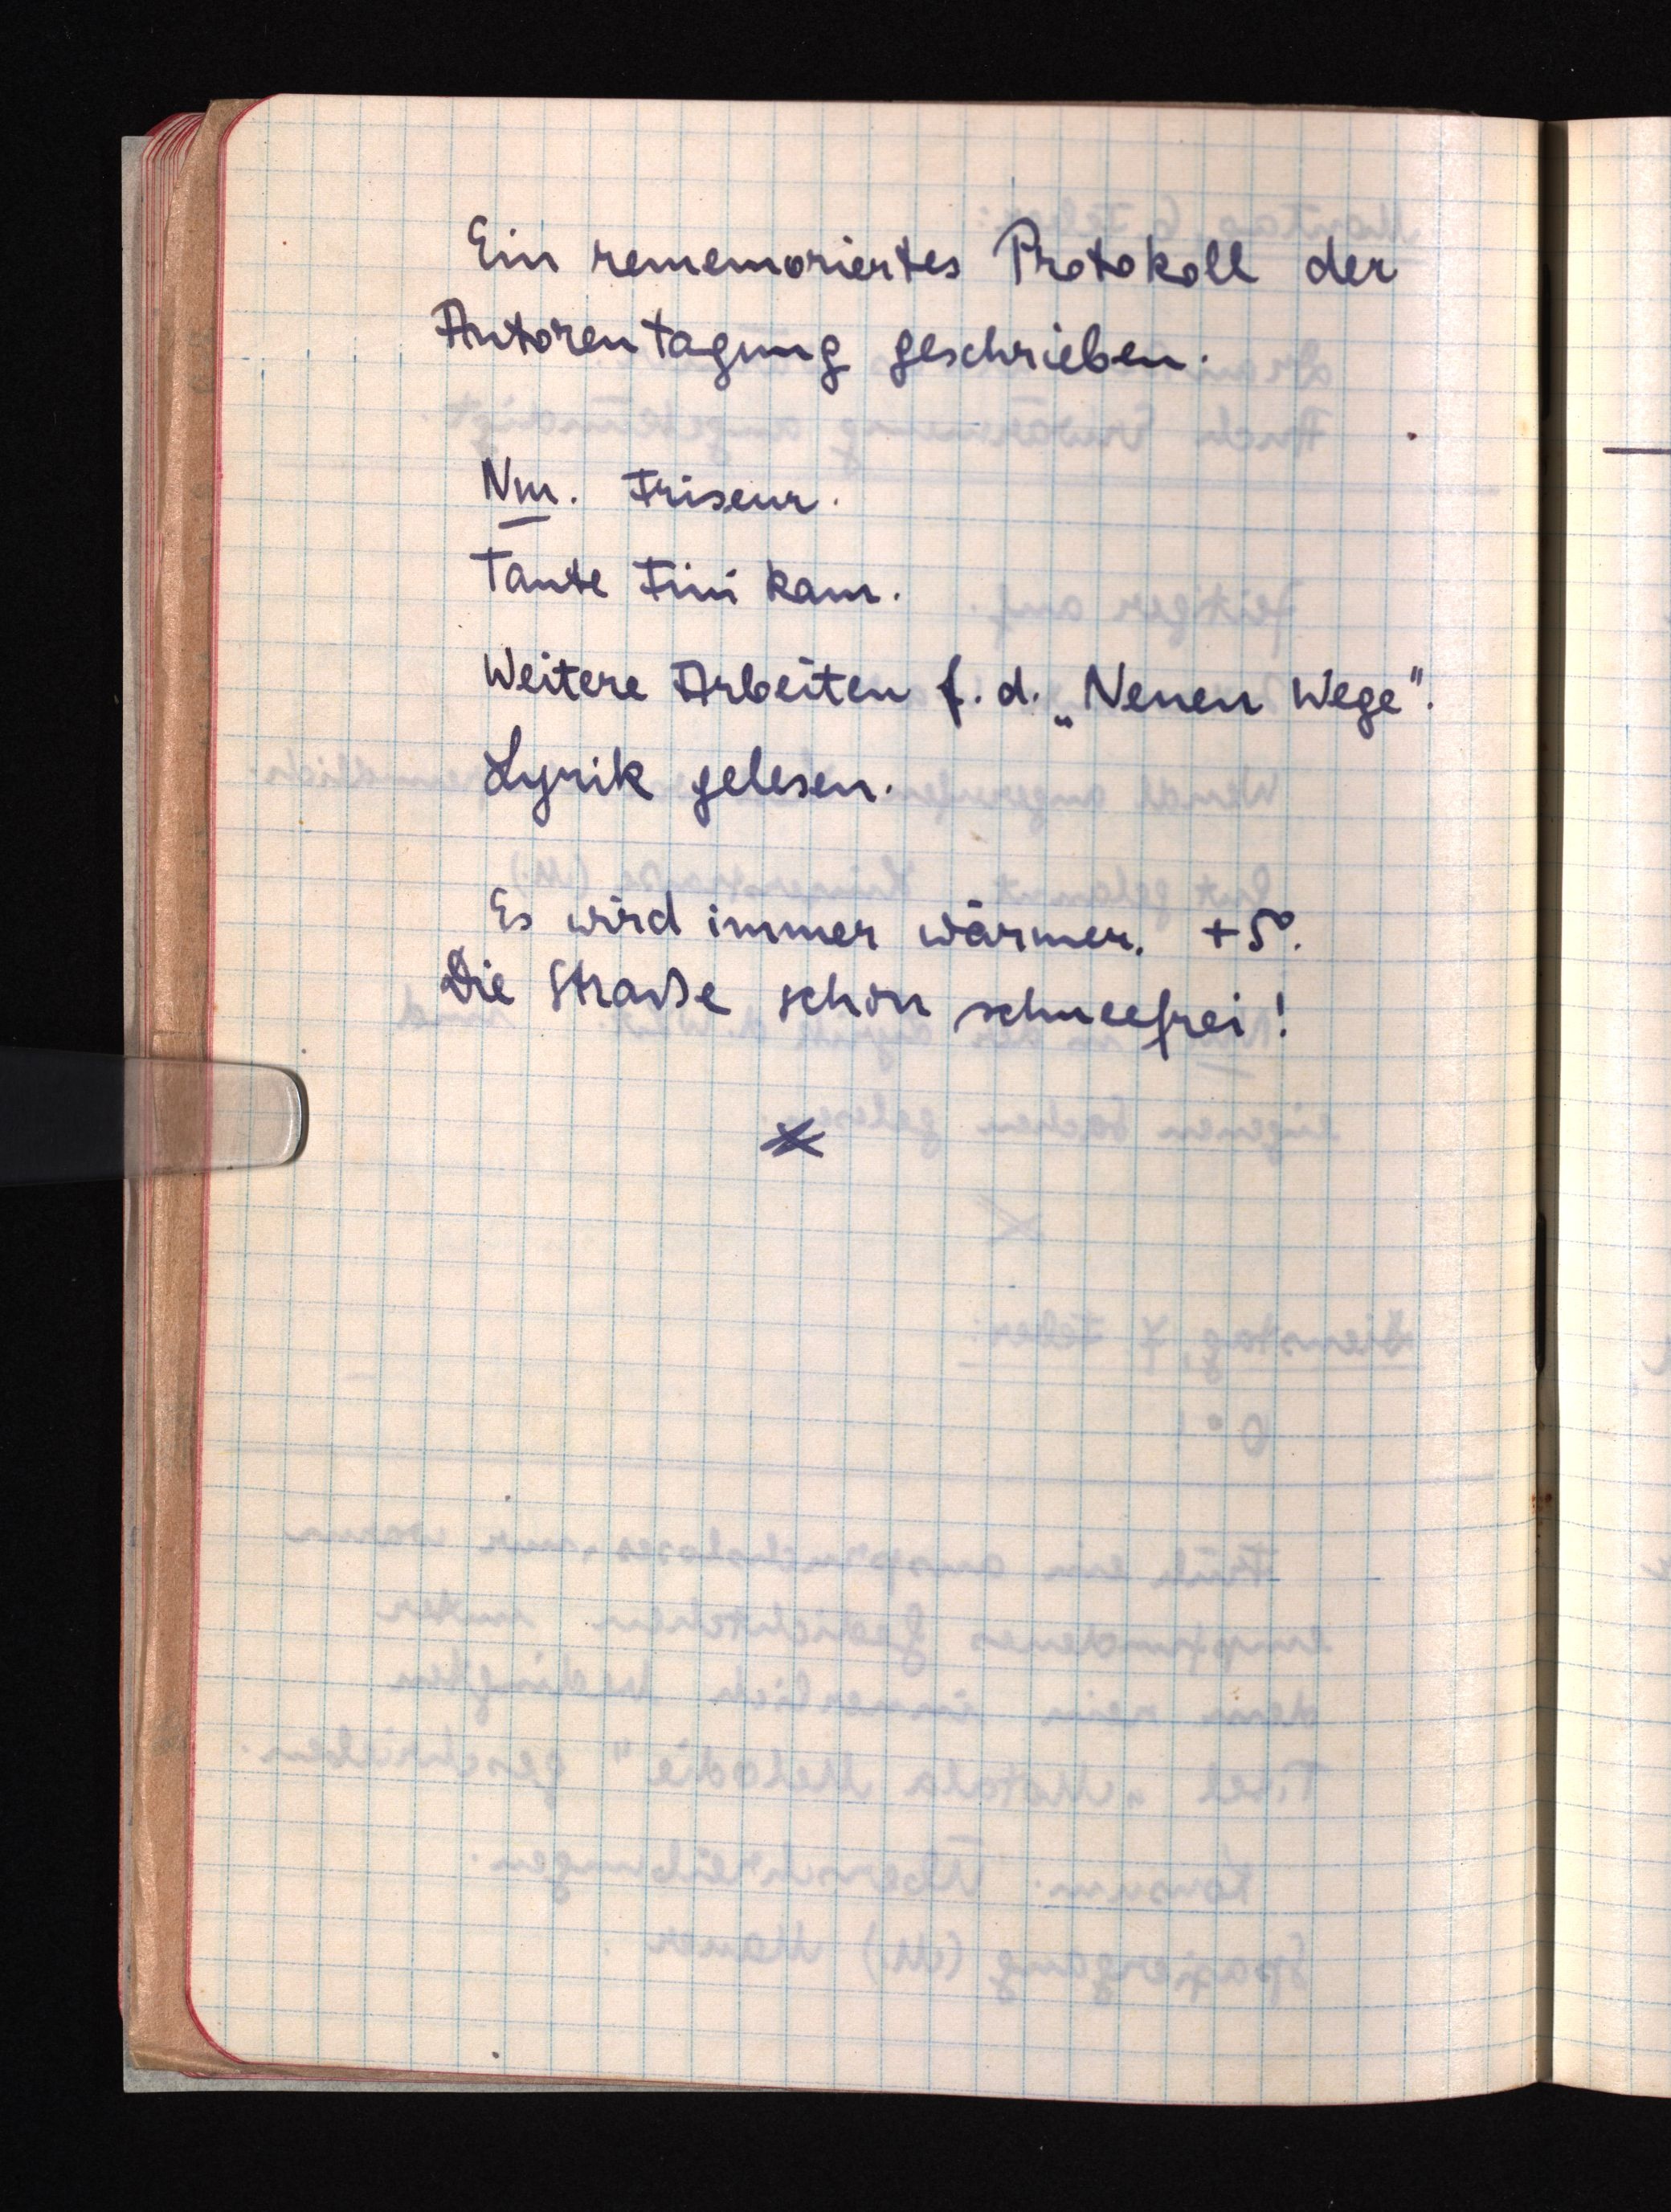
Ein rememoriertes Protokoll der
Autorentagung geschrieben.
Nm. Friseur.
Tante Fini kam.
Weitere Arbeiten f. d. "Neuen Wege".
Lyrik gelesen.
Es wird immer wärmer. +5°.
Die Straße schon schneefrei!